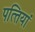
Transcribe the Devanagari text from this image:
पत्‍तियां